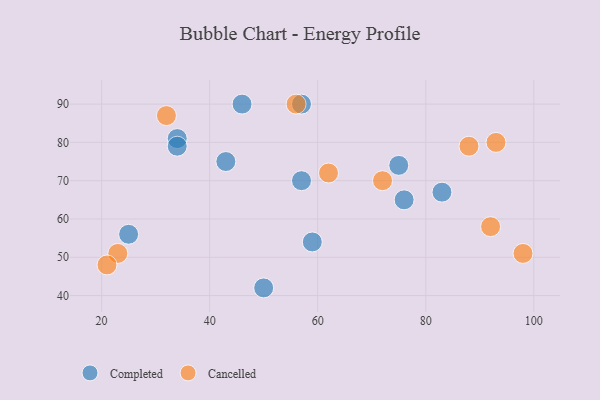
{"axis": {"x": "GDP", "y": "Life Expectancy"}, "legend": ["Cancelled", "Completed"], "data": [{"x": "25", "y": 56, "type": "Completed"}, {"x": "83", "y": 67, "type": "Completed"}, {"x": "76", "y": 65, "type": "Completed"}, {"x": "43", "y": 75, "type": "Completed"}, {"x": "75", "y": 74, "type": "Completed"}, {"x": "34", "y": 81, "type": "Completed"}, {"x": "46", "y": 90, "type": "Completed"}, {"x": "57", "y": 90, "type": "Completed"}, {"x": "57", "y": 70, "type": "Completed"}, {"x": "59", "y": 54, "type": "Completed"}, {"x": "50", "y": 42, "type": "Completed"}, {"x": "34", "y": 79, "type": "Completed"}, {"x": "72", "y": 70, "type": "Cancelled"}, {"x": "88", "y": 79, "type": "Cancelled"}, {"x": "56", "y": 90, "type": "Cancelled"}, {"x": "32", "y": 87, "type": "Cancelled"}, {"x": "23", "y": 51, "type": "Cancelled"}, {"x": "92", "y": 58, "type": "Cancelled"}, {"x": "62", "y": 72, "type": "Cancelled"}, {"x": "93", "y": 80, "type": "Cancelled"}, {"x": "21", "y": 48, "type": "Cancelled"}, {"x": "98", "y": 51, "type": "Cancelled"}]}